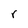
Character: r